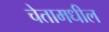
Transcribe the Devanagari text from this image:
चेतामधील